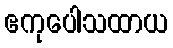
ဧကုပေါသထာယ